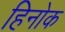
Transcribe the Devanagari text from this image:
हिनोक